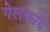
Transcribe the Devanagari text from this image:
गेलफांद